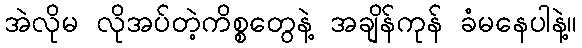
အဲလိုမ လိုအပ်တဲ့ကိစ္စတွေနဲ့ အချိန်ကုန် ခံမနေပါနဲ့။